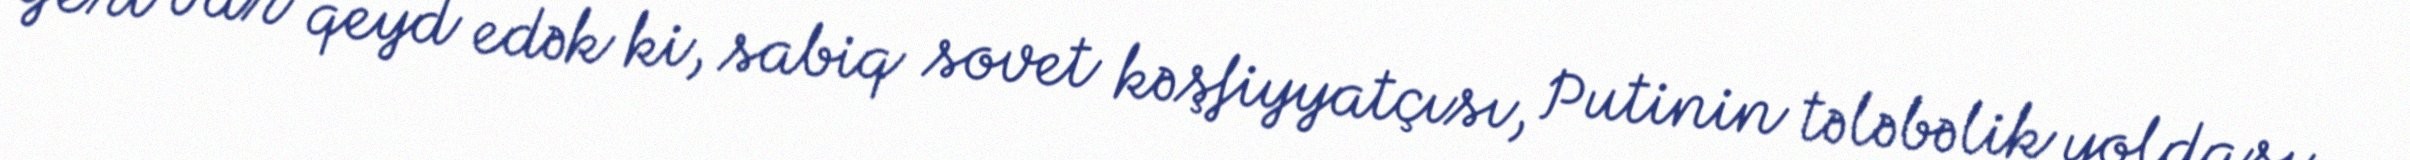
Yeri var qeyd edək ki, sabiq sovet kəşfiyyatçısı, Putinin tələbəlik yoldaşı,